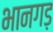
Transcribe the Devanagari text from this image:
भानगड़